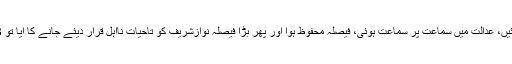
، عوام کی نظریں ایک بار پھر عدالت پر مرکوز ہو گئیں، عدالت میں سماعت پر سماعت ہوئی، فیصلہ محفوظ ہوا اور پھر بڑا فیصلہ نوازشریف کو تاحیات نااہل قرار دیئے جانے کا آیا تو 13 اپریل 2018 کا یہ دن بھی جمعۃ المبارک ہی تھا۔